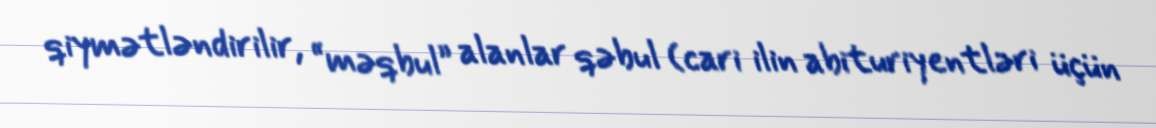
qiymətləndirilir, “məqbul” alanlar qəbul (cari ilin abituriyentləri üçün